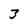
Character: 3